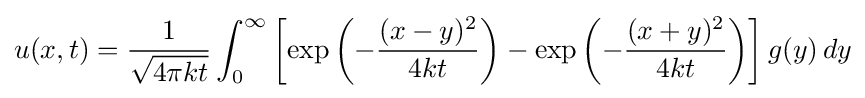
u(x,t)={\frac {1}{\sqrt {4\pi kt}}}\int _{0}^{\infty }\left[\exp \left(-{\frac {(x-y)^{2}}{4kt}}\right)-\exp \left(-{\frac {(x+y)^{2}}{4kt}}\right)\right]g(y)\,dy